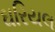
ઘરિયલ